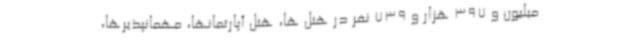
میلیون و 397 هزار و 739 نفر در هتل ها، هتل آپارتمانها، مهمانپذیرها،